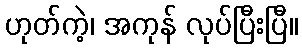
ဟုတ်ကဲ့၊ အကုန် လုပ်ပြီးပြီ။